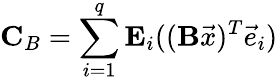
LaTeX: \mathbf{C}_{B}=\sum_{i=1}^{q}\mathbf{E}_{i}((\mathbf{B}\vec{x})^{T}\vec{e}_{i})